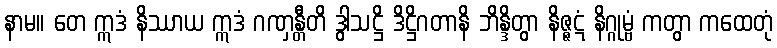
နာမ။ တေ ဣဒံ နိဿာယ ဣဒံ ဂဏှန္တီတိ ဒွါသဋ္ဌိ ဒိဋ္ဌိဂတာနိ ဘိန္ဒိတွာ နိဇ္ဇဋံ နိဂ္ဂုမ္ဗံ ကတွာ ကထေတုံ